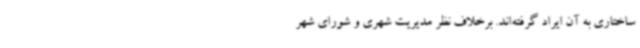
ساختاری به آن ایراد گرفته‌اند. برخلاف نظر مدیریت شهری و شورای شهر